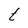
Character: t